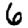
Digit: 6